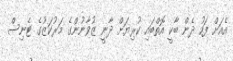
އެއަށް ފަހު ދެން ބާކީ އޮތްބައި ކުރިޔަށް ދާނީ ޒުވާނުންގެ މަރުކަޒުގެ ޓެނިސް